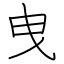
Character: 曳